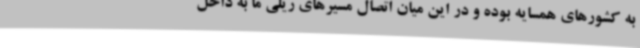
به کشورهای همسایه بوده و در این میان اتصال مسیرهای ریلی ما به داخل